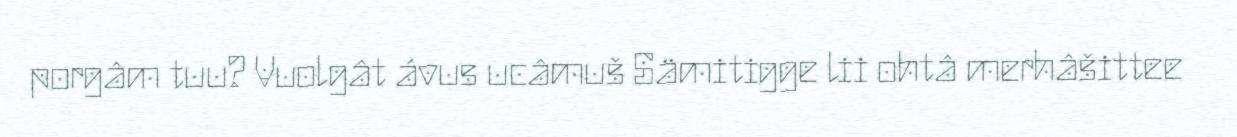
porgâm tuu? Vuolgât ávus ucâmuš Sämitigge lii ohtâ merhâšittee